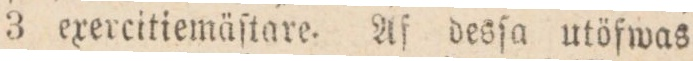
3 exercitiemäſtare. Af desſa utöfwas